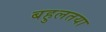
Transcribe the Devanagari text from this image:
बहुलतया